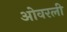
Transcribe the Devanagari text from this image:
ओवरली